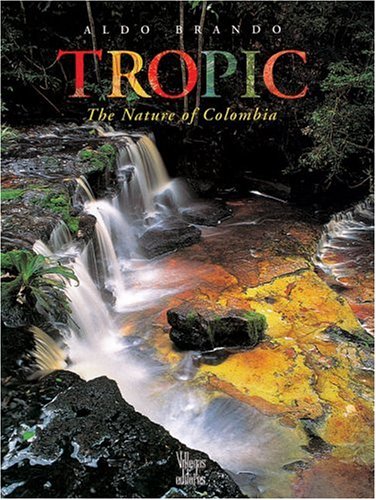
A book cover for Tropic: The Nature of Colombia; Aldo Brando; Travel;